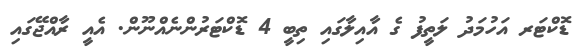
ޑޮކްޓަރ އަހުމަދު ލަތީފު ގެ އާއިލާގައި ތިބީ 4 ޑޮކްޓަރުންނެއްނޫން. އެއީ ރާއްޖޭގައި